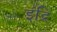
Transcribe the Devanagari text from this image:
इंद्रि